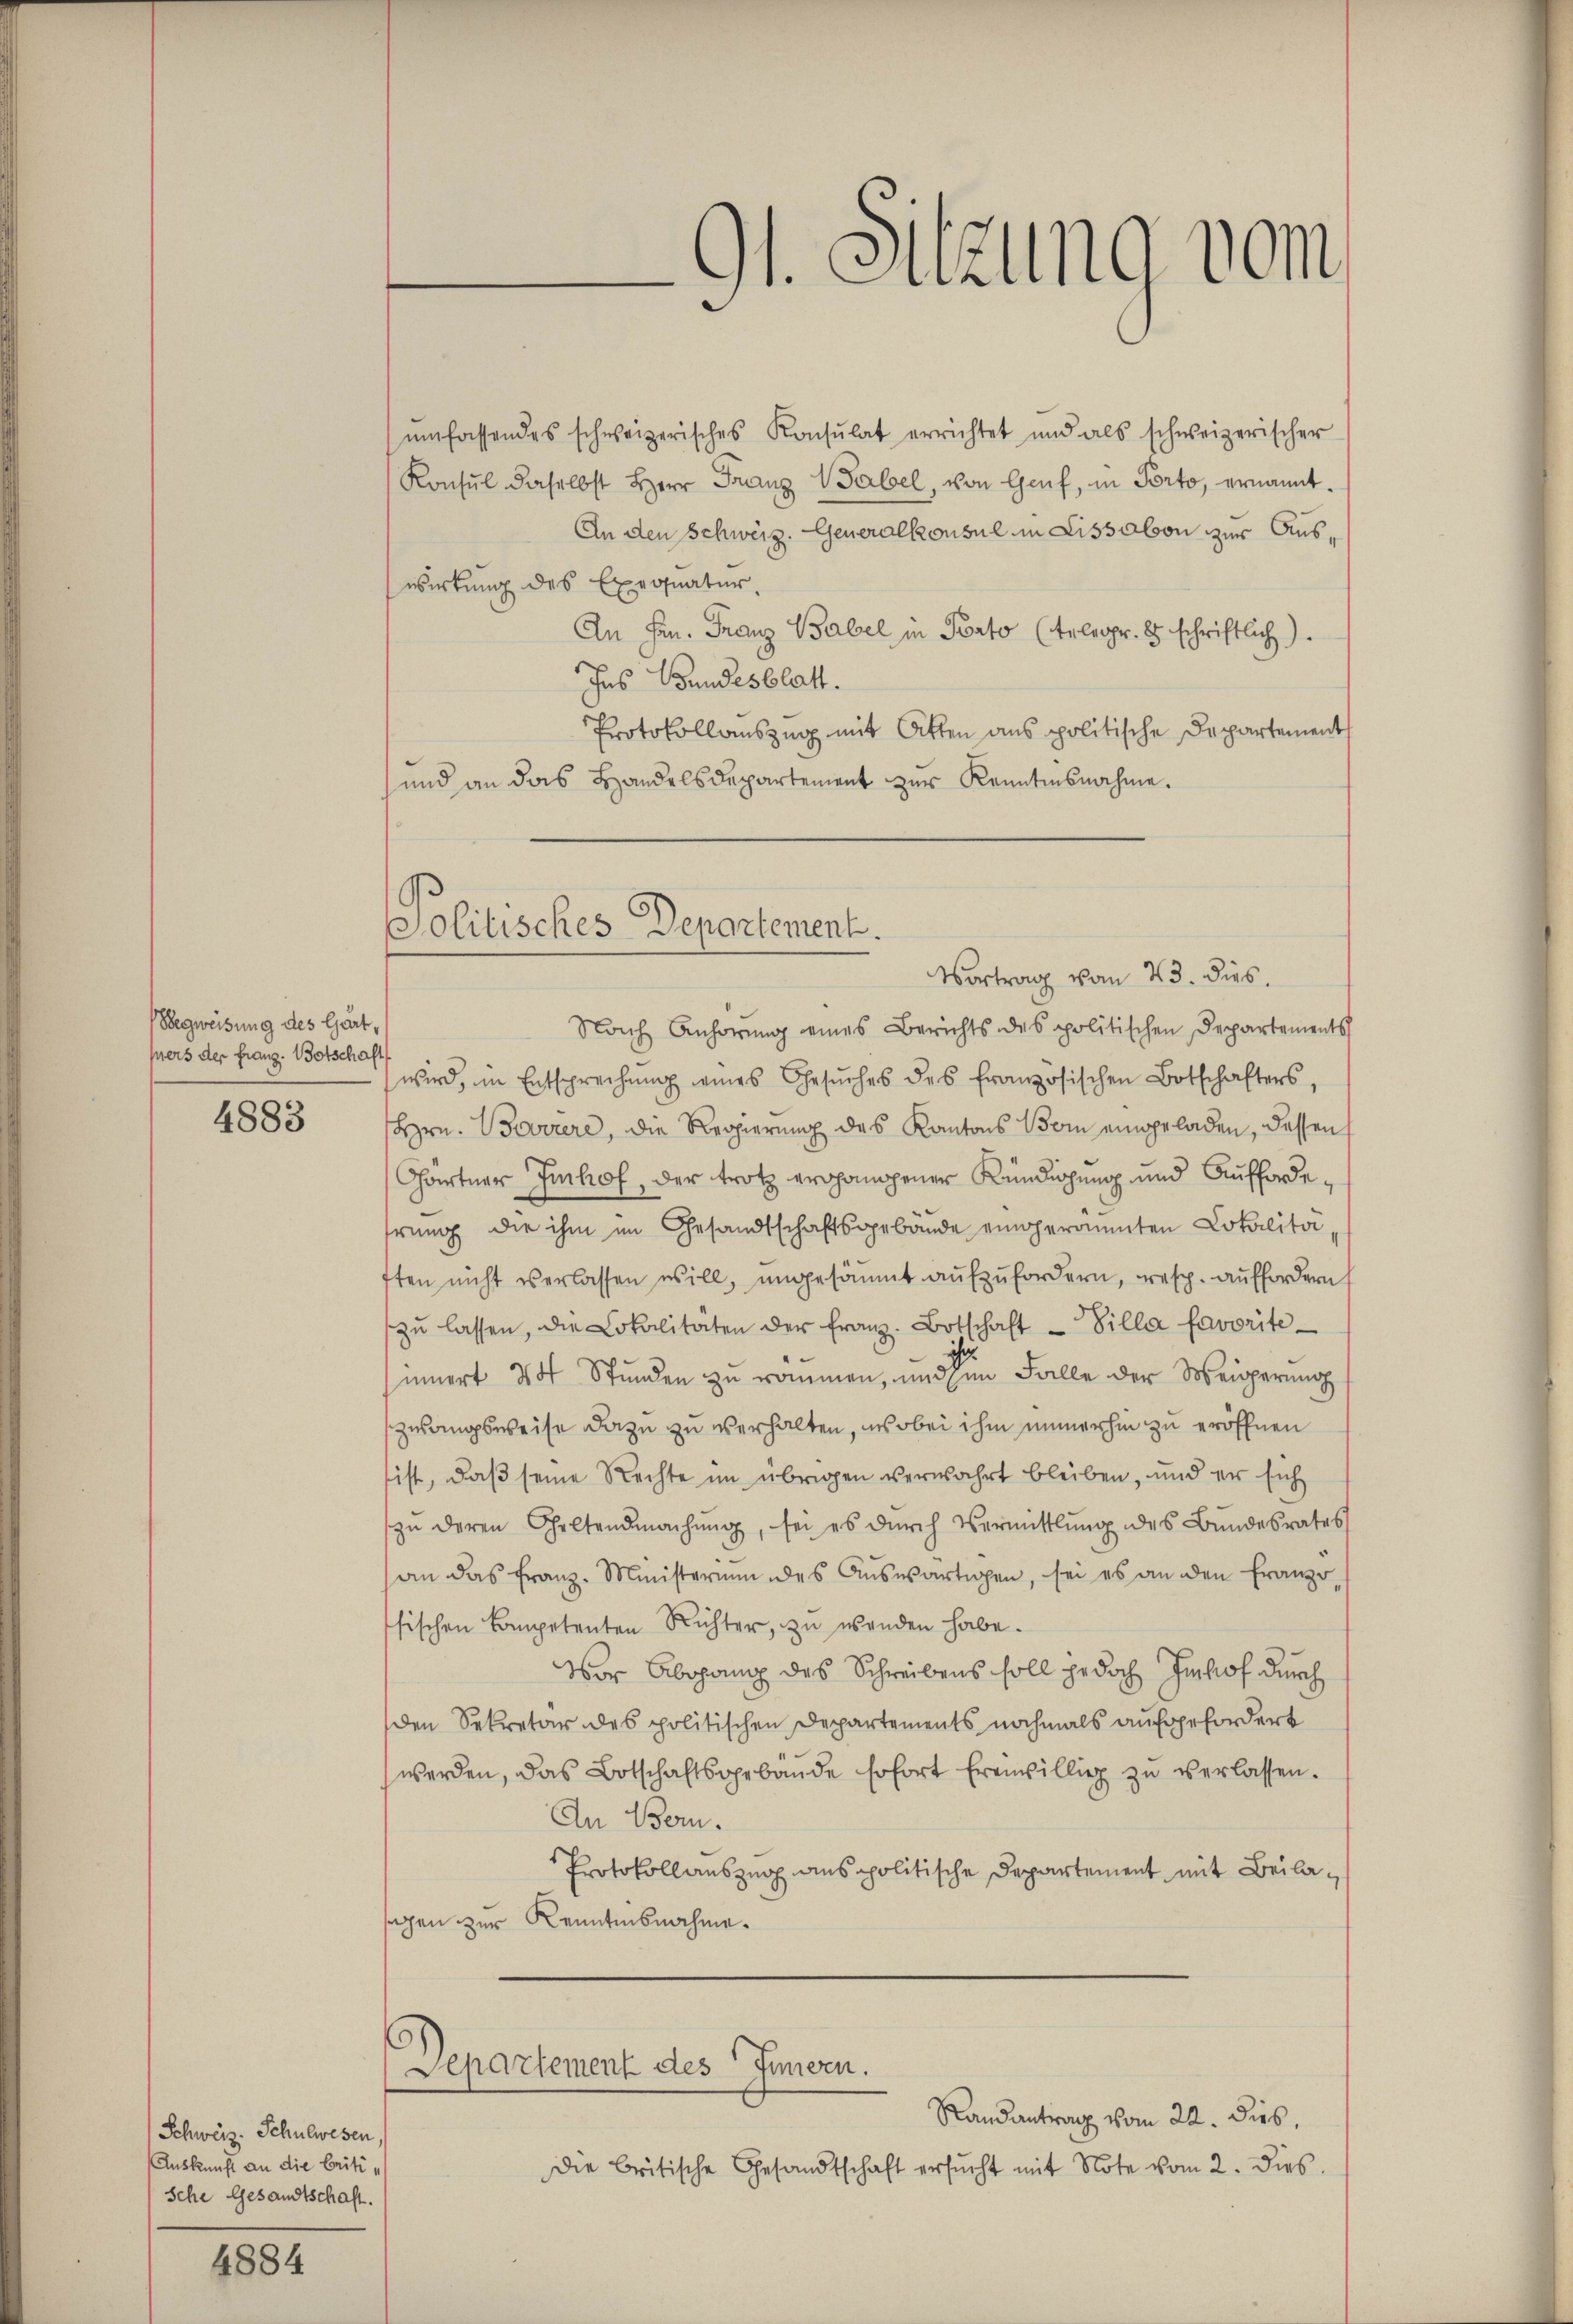
Begweisung des Gärt,
sers der franz. Botschaft
4883

Schweiz. Schulwesen,
Auskunft an die Critische Gesandtschaft

4884

ŭmfassendes schweizerisches Konsulat errichtet und als schweizerischer
Konsul daselbst Herr Franz Walsel, von Genf, in Porto, ernannt
An den Schweiz. Generalkonsul in Lissabon zur Auswirkung des Exegnatur.
An Hrn. Franz Babel in Porto (telegr. 8 schriftlich)
Ins Bundesblatt.
Protokollauszug mit Atten ans politische Departement
und an das Handelsdepartement zur Kenntnisnahme.
Vortrag vom 23. dies
Nach Anhörung eines Berichts des politischen Departements
wird, in Entsprechŭng eines Gesŭches des französischen Botschafters,
Hrn. Boverere, die Regierung des Kantons Vom eingeladen, dessen s
Gärtner Imhof, der trotz propomogener Kündigung und Auffordehrung die ihm im Gesandtschaftsgebäude eingeramten Lokalitä
ften nicht verlassen will, ungesäumt aufzufordern, resp. auffordern
zŭ lassen, die Lokalitäten der franz. Botschaft - Silla favorite-
ich
innert 8 Stunden zu kommen, und im Falle der Weigerung
zwangsweise dazu zu verhalten, wobei ihm immerhin zu eröffnen
ist, daß seine Rechte im übrigen verwahrt bleiben, und er sich
zŭ deren Geltendmachŭng, sei es dŭrch Vermittlung des Bundesrates
an das franz-Ministerium des Aŭswärtigen, sei es an den Franze
sischen Competenten Richter, zu wenden habe.
Vor Abgang des Schreibens soll jedoch Imhof durch
den Sekretär des politischen Departements nochmals aufgefordert
werden, das Botschaftsgebäŭde Erfort freiwillig zŭ verlassen.
An Bern.
Protokollauszug aus politische Departement mit Beilasegen zur Kenntnisnahme.
Departement des Innern.
Randantrag vom 22. dies
die Britische Gesandtschaft ersŭcht mit Note vom 2. dies

Politisches Departement.

91. Sitzung vom